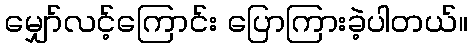
မျှော်လင့်ကြောင်း ပြောကြားခဲ့ပါတယ်။